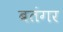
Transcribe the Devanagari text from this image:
बतंगर